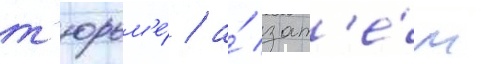
т'юрьм'е́ / а́ зат'е́м